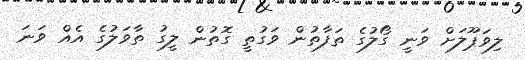
ލިވަޕޫލަށް ވަނީ ގޯލުގެ ތަފާތުން ވަގުތީ ގޮތުން ލީގު ތާވަލުގެ އެއް ވަނަ